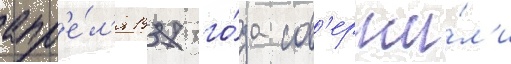
апр'е́л'я 1937 го́да сов'ерши́л'и